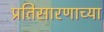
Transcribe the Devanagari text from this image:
प्रतिसारणाच्या